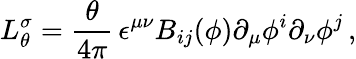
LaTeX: L_{\theta}^{\sigma}={\frac{\theta}{4\pi}}\, \epsilon^{\mu\nu}B_{ij}(\phi)\partial_{\mu}\phi^{i}\partial_{\nu}\phi^{j}\, ,